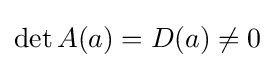
\det A(a)=D(a)\neq 0